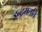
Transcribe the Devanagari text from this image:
इन्द्र्मलति